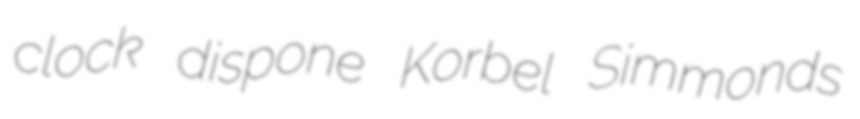
clock dispone Korbel Simmonds